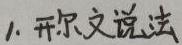
1. 开尔文说法